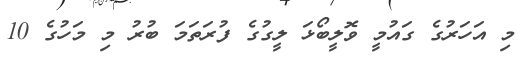
މި އަހަރުގެ ގައުމީ ވޮލީބޯޅަ ލީގުގެ ފުރަތަމަ ބުރު މި މަހުގެ 10